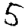
Digit: 5